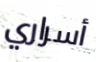
أسراري